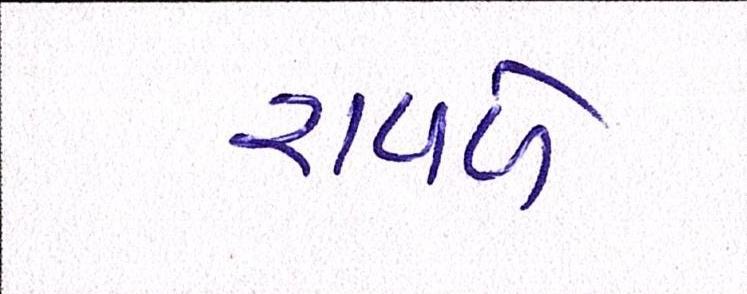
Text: રાવળે